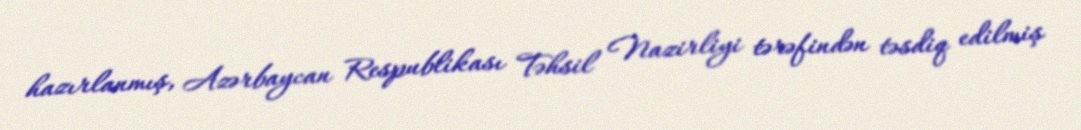
hazırlanmış, Azərbaycan Respublikası Təhsil Nazirliyi tərəfindən təsdiq edilmiş